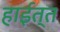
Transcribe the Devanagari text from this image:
हाईत्त